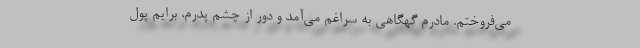
می‌فروختم. مادرم گهگاهی به سراغم می‌آمد و دور از چشم پدرم، برایم پول